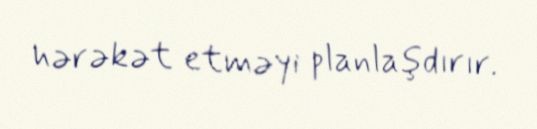
hərəkət etməyi planlaşdırır.